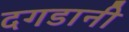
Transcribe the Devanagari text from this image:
दगडानी